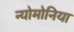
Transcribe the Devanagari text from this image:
न्योमोनिया